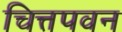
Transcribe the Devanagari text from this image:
चित्तपवन